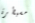
مسيطرة